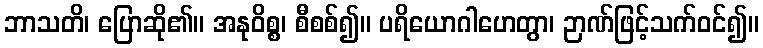
ဘာသတိ၊ ပြောဆို၏။ အနုဝိစ္စ၊ စီစစ်၍။ ပရိယောဂါဟေတွာ၊ ဉာဏ်ဖြင့်သက်ဝင်၍။